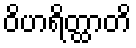
ဝိဟရိတ္ထာတိ